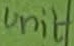
Text: Unit